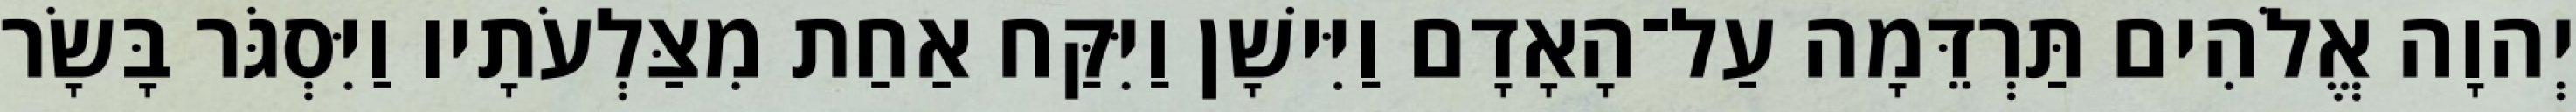
יְהוָה אֱלֹהִים תַּרְדֵּמָה עַל־הָאָדָם וַיִּישָׁן וַיִּקַּח אַחַת מִצַּלְעֹתָיו וַיִּסְגֹּר בָּשָׂר